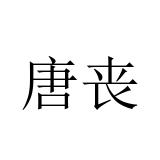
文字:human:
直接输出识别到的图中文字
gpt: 唐丧